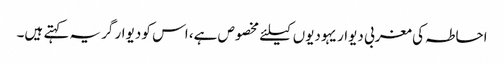
احاطہ کی مغربی دیوار یہودیوں کیلئے مخصوص ہے، اس کو دیوار گریہ کہتے ہیں۔